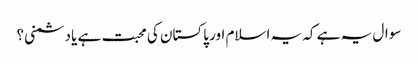
سوال یہ ہے کہ یہ اسلام اور پاکستان کی محبت ہے یا دشمنی؟